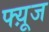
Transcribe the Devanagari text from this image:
फ्य़ूज